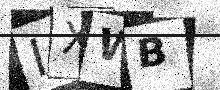
Text: IXWB